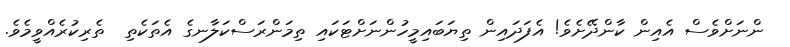
ންނަށްވެސް އެއިން ކާންދޭށެވެ! އެފަދައިން ތިޔަބައިމީހުންނަށްޓަކައި ތިމަންރަސްކަލާނގެ އެތަކެތި  ތެރިކުރެއްވީމެވެ.